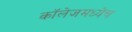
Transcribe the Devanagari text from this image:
कॉलेजमध्येच